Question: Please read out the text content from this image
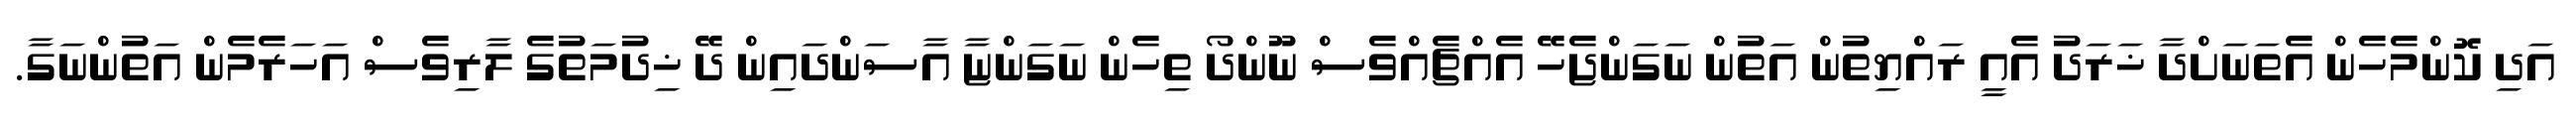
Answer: އަދި ކޮންމެހެން އެތަނަށްދާ ޚަރަދު އެއީ ރައްޔިތުން އަތުން ނަގަންޖެހޭ އެއްޗެއްވެސް ނޫންދޯ ތިހެން ނަގަންޏާ އާސަންދައިން ދޭ ޚިދުމަތުގެ ލާރިވެސް އަހަރެމެން އަތުންނަގާ.